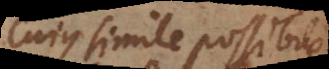
Cujus simile possibile